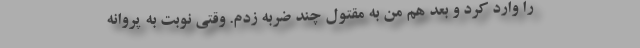
را وارد کرد و بعد هم من به مقتول چند ضربه زدم. وقتی نوبت به پروانه